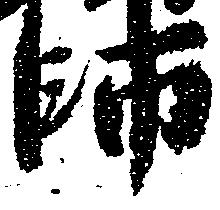
師